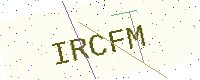
Text: IRCFM